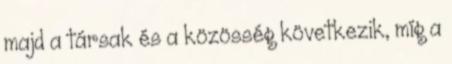
majd a társak és a közösség következik, míg a